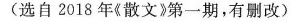
（选自2018年《散文》第一期，有删改）